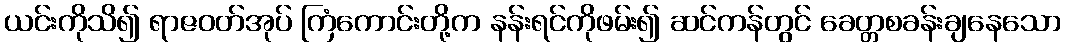
ယင်းကိုသိ၍ ရာဇဝတ်အုပ် ကြံကောင်းတို့က နန်းရင်ကိုဖမ်း၍ ဆင်ကန်တွင် ခေတ္တစခန်းချနေသော